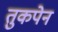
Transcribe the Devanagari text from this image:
तुकपेन